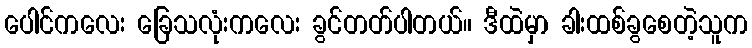
ပေါင်ကလေး ခြေသလုံးကလေး ခွင်တတ်ပါတယ်။ ဒီထဲမှာ ခါးထစ်ခွစေတဲ့သူက